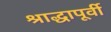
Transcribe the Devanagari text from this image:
श्राद्धापूर्वी